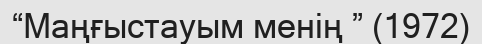
“Маңғыстауым менің ” (1972)